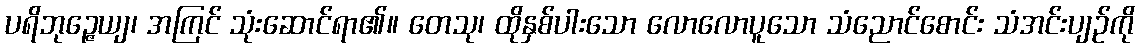
ပရိဘုဉ္ဇေယျ၊ အကြင် သုံးဆောင်ရာ၏။ တေသု၊ ထိုနှစ်ပါးသော လောလောပူသော သံညောင်စောင်း သံအင်းပျဉ်ကို